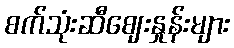
စက်သုံးဆီဈေးနှုန်းများ